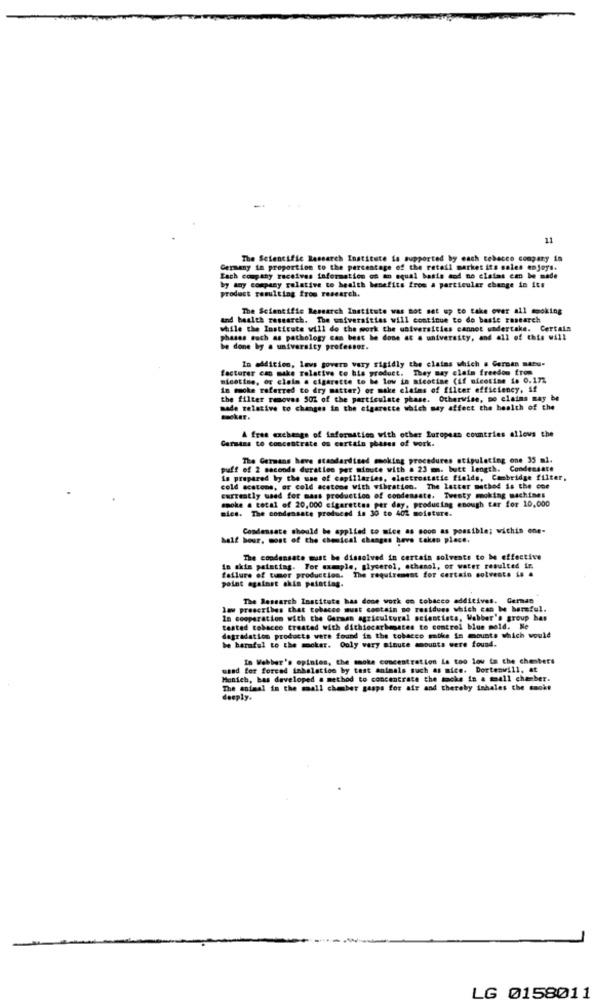
11
The Scientific Research Institute is supported by each tobacco company is
Germany in proportion to the percentage of the retail market its sales enjoys.
Each company receives taformation of an equal basis and no claims em be made
by any company relative to health benefits from a particular change in its
product resulting from research.
The Scientific Research Institute was not set up to take over all smoking
and health research. The universities will continue to do basic research
while the Institute will do the work the universities cannot undertake. Certain
phases such as pathology can beat be done at a university, and all of this will
be done by a university professor.
facturer can make relative to his product. They may claim freedom from
In addition, lavs govern vary rigidly the claims which . German naru-
nicotine, or claim a cigarette to be low in nicotine (if nicotine is 0.172
in tooke referred to dry matter) or make claims of filter efficiency, if
the filter removes 50% of the particulate phase. Otherwise, po clains may be
made relative to changes in the cigarette which may affect the health of the
Germans to concentrate on certain phases of work.
A free exchange of information with other European countries allows the
The Germans have standardised moking procedures stipulating one 35 ml.
puff of 2 seconds duration per minute with a 23 mm. butt length. Condensate
is prepared by the use of capillaries, electrostatic fields, Cambridge filter,
cold scatons, or cold acetone with vibration. The Latter method is the one
currently used for mass production of condensate. Tweety moking machines
spoke a total of 20,000 cigarettes per day, producing enough tar for 10,000
mies. The condensate produced in 30 to 40% moisture.
Condensate should be applied to mice as soon as possible; within one-
half hour, most of the chemical changes have taken place.
The condensate must be dissolved in certain solvents to be effective
In skin painting. For sample, glycerol, ethanol, or water resulted in
failure of tumor production. The requirement for certain solvente is &
point against akis painting.
The Research Institute has done work on tobacco additives. German
las prescribes that tobacco must contain no residues which can be harmful.
In cooperation with the German agricultural scientists, Webber's group has
tested tobacco treated with dithiocarbonates to control blue mold. Ke
be harmful to the socker. Ouly vary minute amounts were found.
degradation products were found in the tobacco smoke in mounts which would
In Webber's opinion, the smoke concentration is too low in the chenbers
used for forced inhalation by test animals such as mice. Dortenwill, at
Monich, bas developed a method to concentrate the macke in a small chasber.
The animal in the mall chamber gasps for air and thereby inhales the cookt
deeply.
LG 0158011